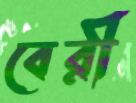
বেরী